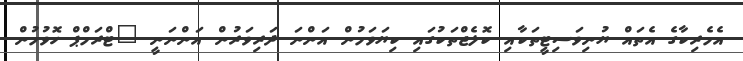
އެމެރިކާގެ އެތައް ޔުނިވަސިޓީތަކާއި ކޮލެޖްތަކުގައި ކިޔަވަމުން އަންނަ ދަރިވަރުން އަންނަނީ "ޓްރަމްޕް ހޮވުމުން